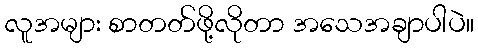
လူအများ စာတတ်ဖို့လိုတာ အသေအချာပါပဲ။